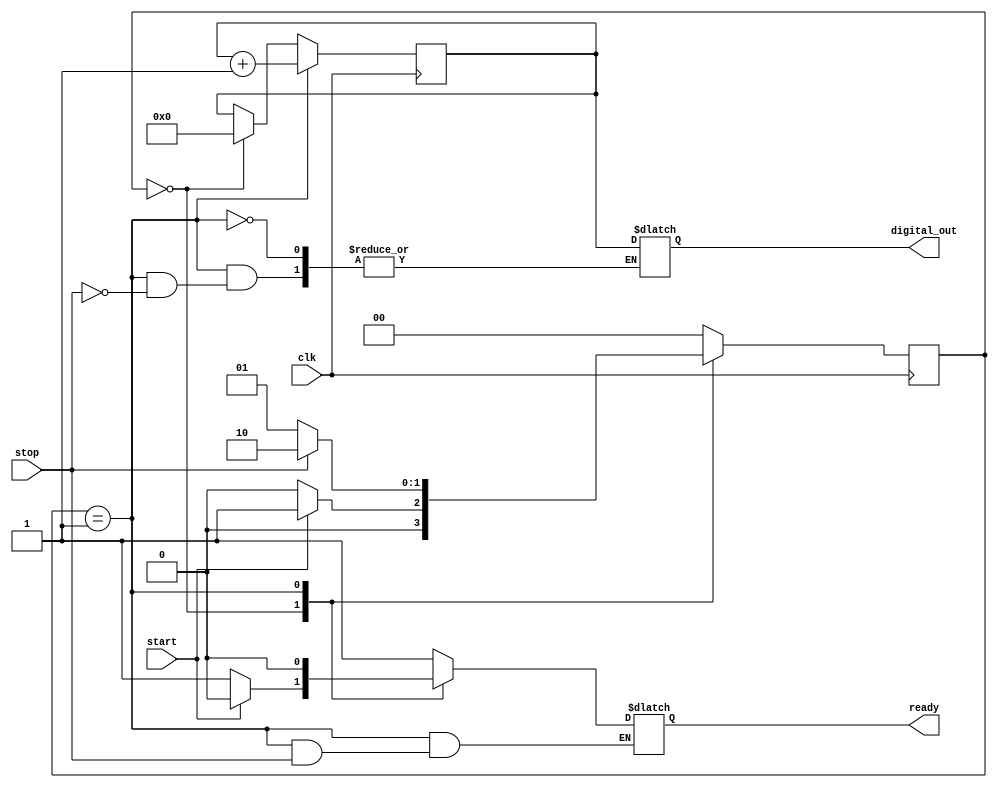
module TDC (
    input wire clk,             // Clock input
    input wire start,           // Start signal
    input wire stop,            // Stop signal
    output reg [15:0] digital_out, // 16-bit digital output
    output reg ready            // Output ready signal
);
    // State definitions
    parameter IDLE = 2'b00,
              COUNTING = 2'b01,
              DONE = 2'b10;

    reg [1:0] state, next_state; // State register
    reg [15:0] counter;          // 16-bit counter

    // Sequential logic - State transition and counter logic
    always @(posedge clk) begin
        state <= next_state;

        // Counter logic
        if (state == COUNTING) begin
            counter <= counter + 1;
        end else if (state == IDLE) begin
            counter <= 0; // Reset counter in IDLE state
        end
    end

    // Next state logic
    always @(*) begin
        case (state)
            IDLE: begin
                if (start) begin
                    next_state = COUNTING; // Transition to COUNTING state
                    ready = 0;             // Not ready yet
                end else begin
                    next_state = IDLE;     // Stay in IDLE state
                    ready = 1;             // Ready if not counting
                end
            end

            COUNTING: begin
                if (stop) begin
                    next_state = DONE;     // Transition to DONE state on stop
                    digital_out = counter; // Capture the count value
                end else begin
                    next_state = COUNTING; // Keep counting
                    ready = 0;             // Not ready yet
                end
            end

            DONE: begin
                next_state = IDLE;         // Transition back to IDLE
                ready = 1;                 // Indicate ready for output
            end

            default: begin
                next_state = IDLE;         // Default case
                ready = 1;                 // Default ready
            end
        endcase
    end
endmodule